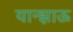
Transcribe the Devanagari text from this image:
यान्झाऊ